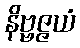
နိဗ္ဗဇ္ဇယံ